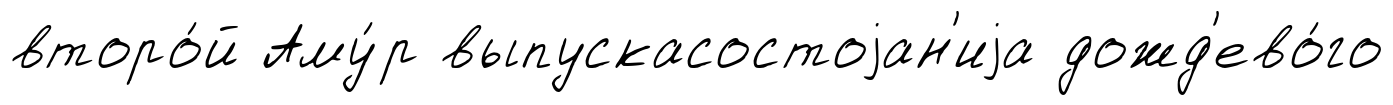
второ́й Аму́р выпускасостоjан'иjа дожд'ево́го